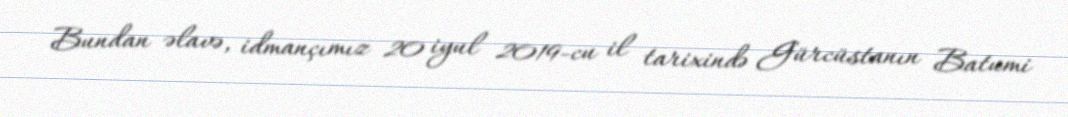
Bundan əlavə, idmançımız 20 iyul 2019-cu il tarixində Gürcüstanın Batumi